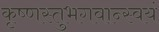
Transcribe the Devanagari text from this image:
कृष्णस्तुभगवान्स्वयं